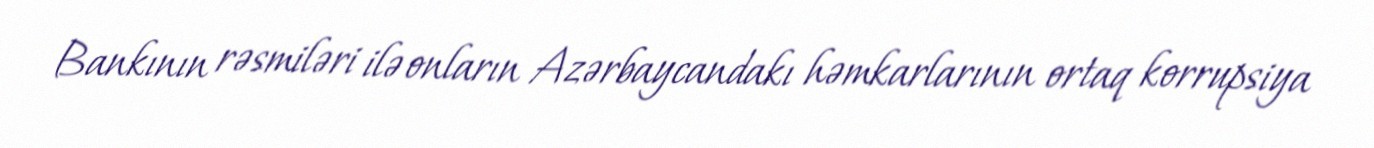
Bankının rəsmiləri ilə onların Azərbaycandakı həmkarlarının ortaq korrupsiya